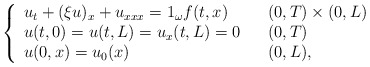
\begin{align*}\left\{\begin{array}[c]{lll}u_{t}+( \xi u) _{x}+u_{xxx}=1_{\omega} f ( t,x) & &( 0,T) \times( 0,L) \\u(t,0) =u( t,L) =u_{x}(t,L) =0 & &( 0,T) \\u( 0,x) =u_{0}( x) & & (0,L),\end{array}\right. \end{align*}